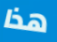
هذا